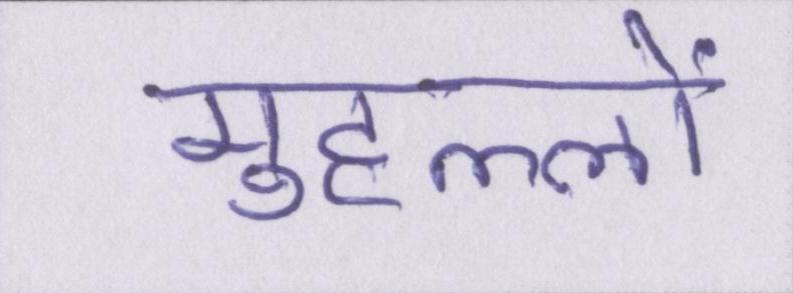
मुहल्लों